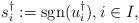
LaTeX: \begin{align*} s_i^\dagger := \mathop{{\rm sgn}}(u_i^\dagger), i \in I, \end{align*}